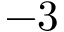
- 3